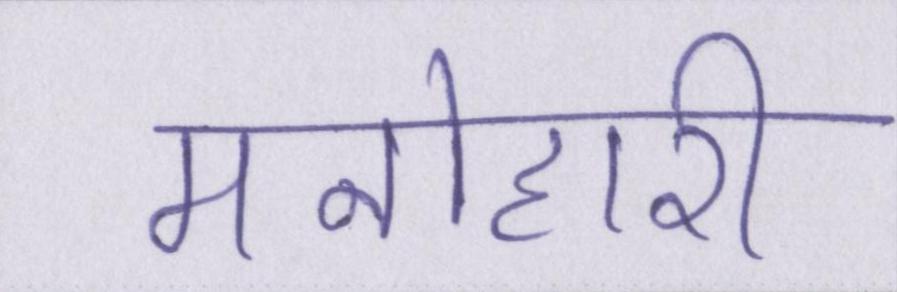
मनोहारी